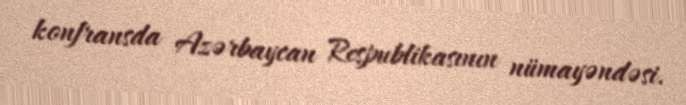
konfransda Azərbaycan Respublikasının nümayəndəsi.